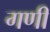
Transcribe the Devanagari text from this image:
गणीं